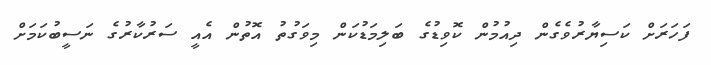
ފަހަރަށް ކަސިޔާރުވެގެން ދިއުމުން ކޮވިޑުގެ ބަލިމަޑުކަން މިވަގުތު އޮތުން އެއީ ސަރުކާރުގެ ނަސީބުކަމަށް